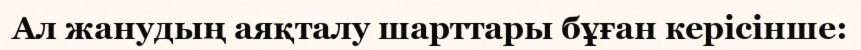
Ал жанудың аяқталу шарттары бұған керісінше: